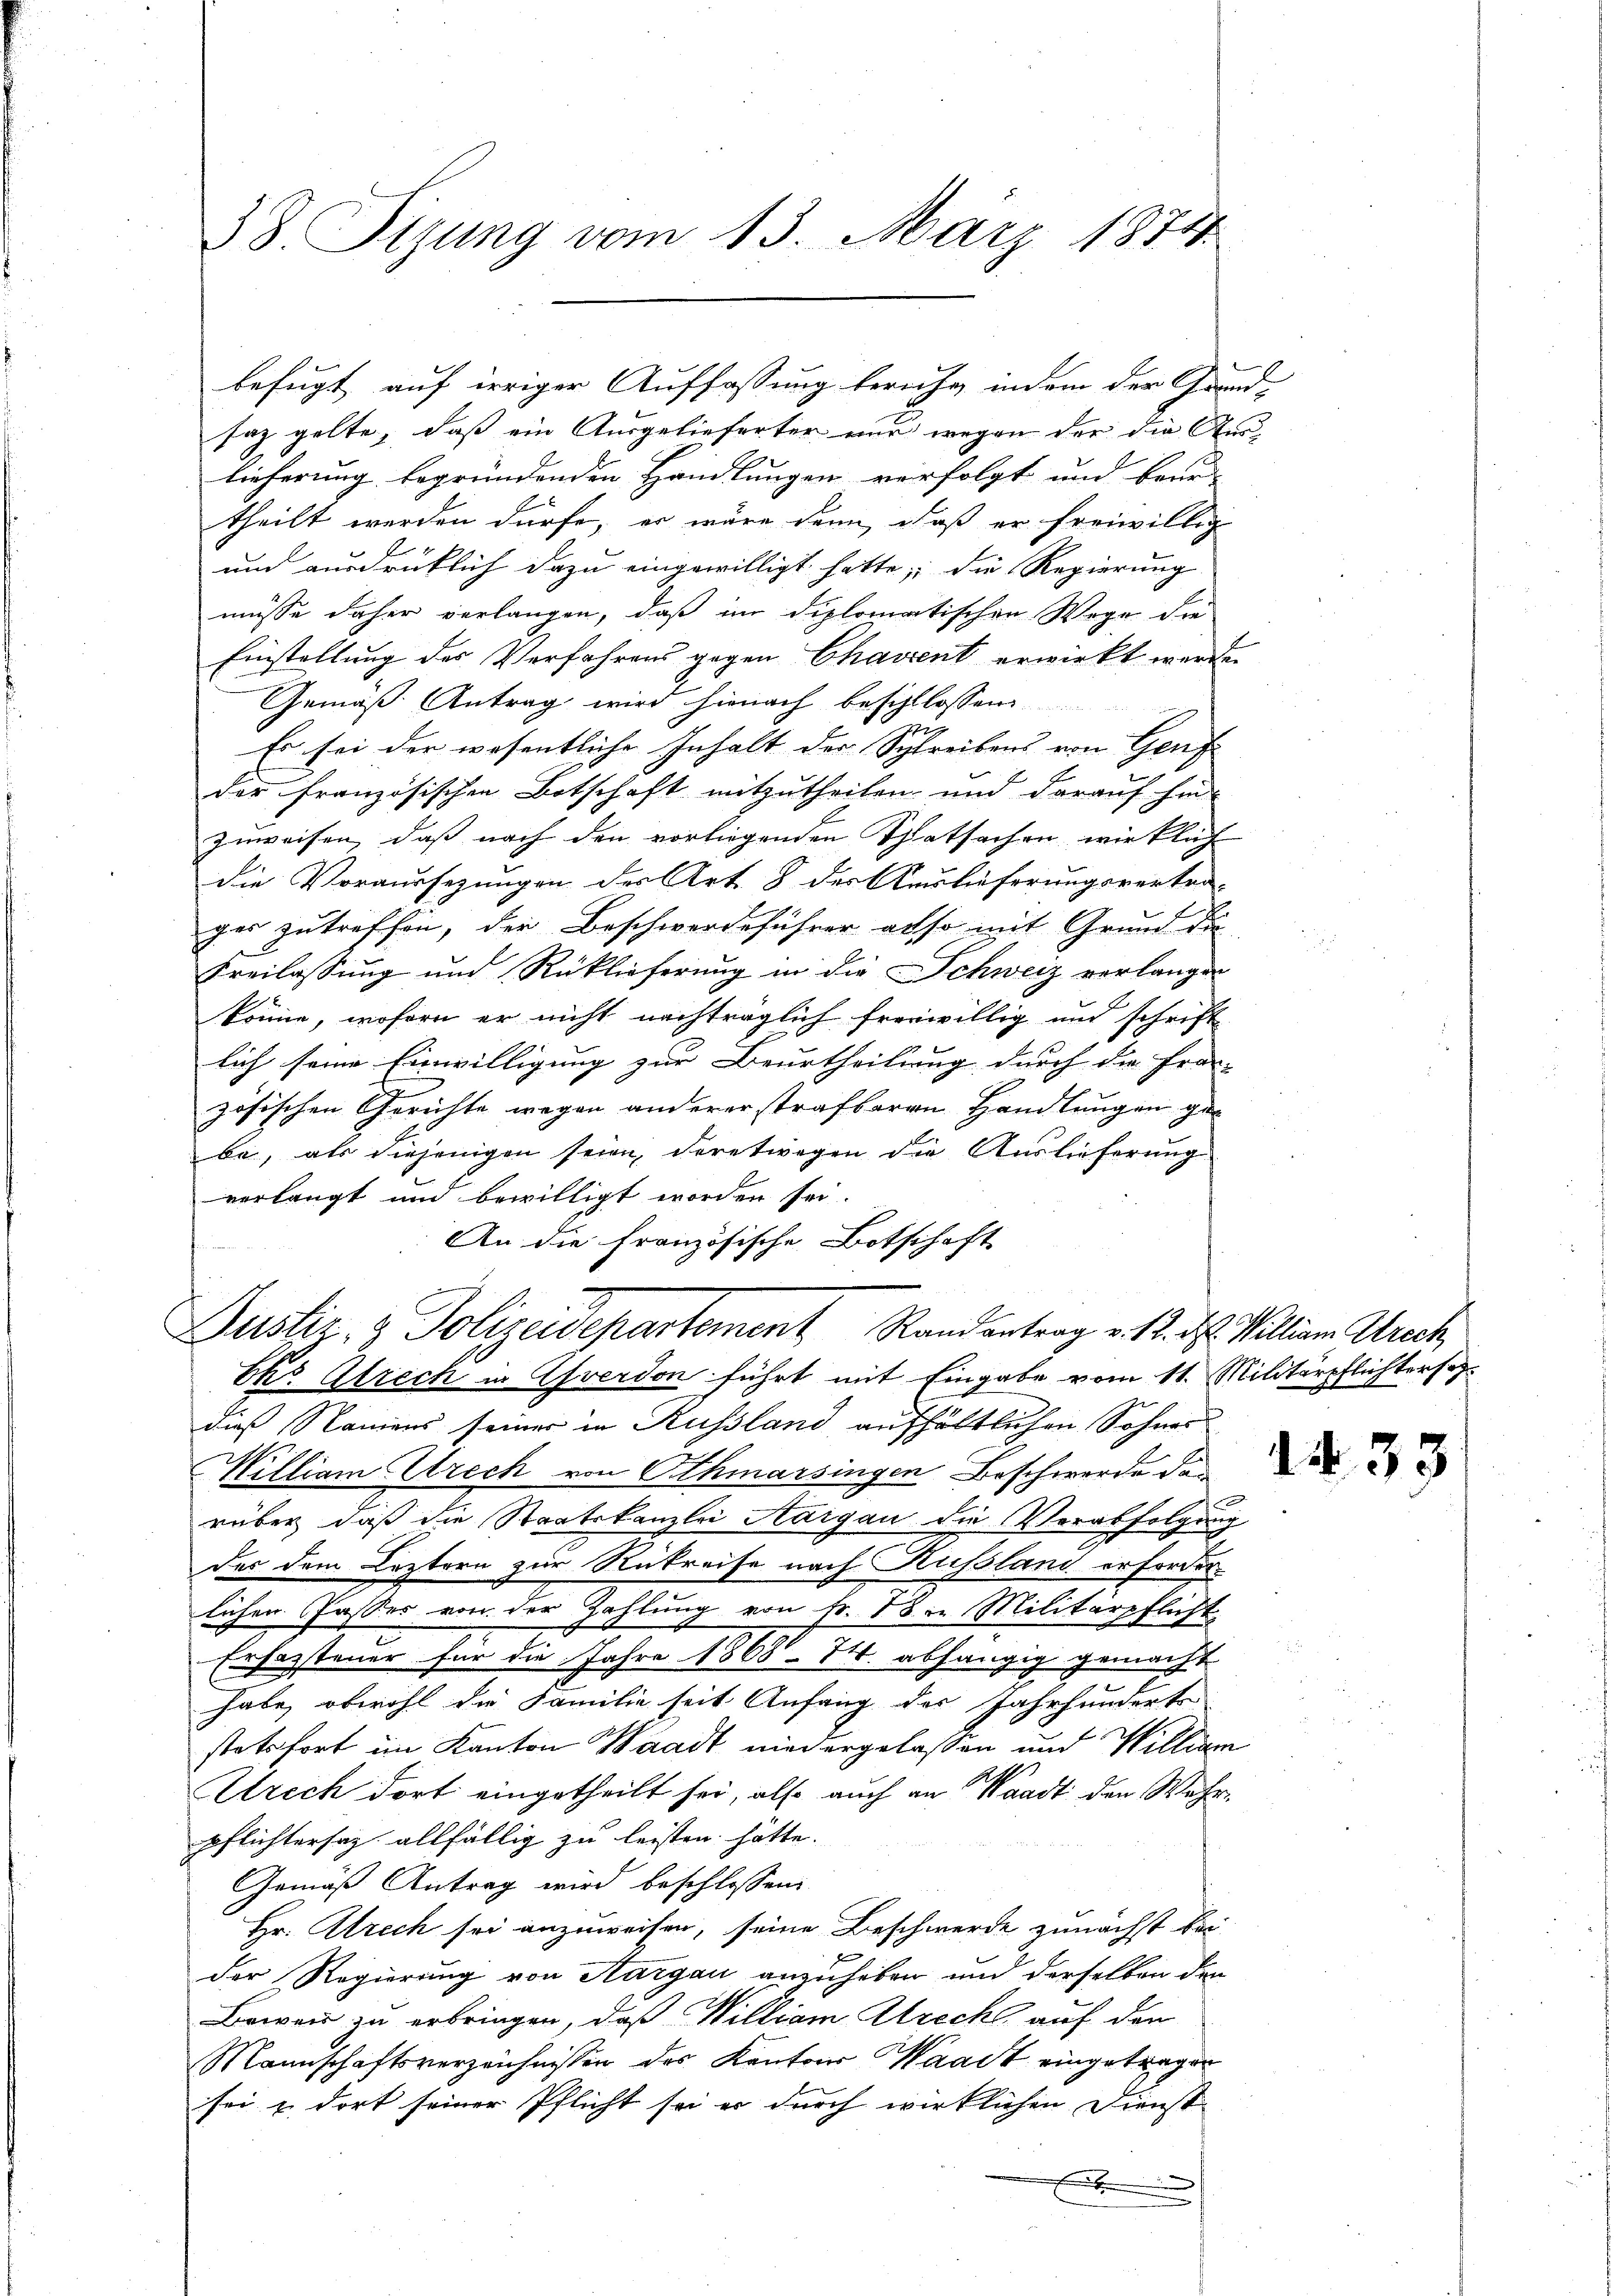
38. Sizung vom 13. März 1874

saz gelte, dass ein Ausgelieferter nur wegen der die Aus
lieferung begründenden Handlungen verfolgt und beur-
theilt werden dürfe, er wäre dann, daß er freiwillig
und ausdrücklich dazu eingewilligt hatte, die Regierung
müsse daher verlangen, daß im diplomatischen Wege die
Einstellung des Verfahrens gegen Chavent erwirkt werden.
Gemäß Antrag wird hienach beschlossen
Es sei der wesentliche Inhalt der Schreibens von Genf
der französischen Botschaft mitzutheilen und darauf hin-
zuweisen, dass nach den vorliegenden Thatsachen wirklich
die Voraussezungen der Art. 8 der Auslieferungsvertra-
ges zutreffen, der Beschwerdeführer also mit Grund die
Freilassung und Rücklieferung in die Schweiz verlangen
könne, wofern er nicht nachträglich freiwillig und schrift
lich seine Einwilligung zur Beurtheilung durch die Fran-
7
zösischen Gerichte wegen andererstrafbaren Handlungen gebe, als diejenigen seien, deretwegen die Auslieferung
verlangt und bewilligt worden sei.
An die Französische Botschaft

befugt, auf irriger Auffassung beruhe, indem der Grund¬

Dustiz & Polizeidepartement Randantrag v. 12. d. Mellian Strech

Eko Alrech in verdon führt mit Eingabe vom 11. Militärpflichterse
dieß Namens seiner in Russland aufhältlichen Sohnes
William rech von Athmarsingen Beschwerde darüber, daß die Staatskanzlei Aargau die Verabfolgung
des dem Leztern zur Rükreise nach Kussland erforderlichen Casses von der Zahlung von Fr. 58 in Militärpflicht
Erfassteuer für die Jahre 1868- W. abhängig gemacht

habe, obwohl die Familie seit Anfang des Jahrhunderte
stetsfort im Kanton Waadt niedergelaßen und William
Utrech dort eingetheilt sei, also auch an Waadt den Wahrpflichtersaz allfällig zu leisten hätte.
Gemäß Antrag wird beschlossen:
Hr. Alrech sei anzuweisen, seine Beschwerde zunächst bei
der Regierung von Aargau anzuheben und derselben den
Beweis zu erbringen, daß William Strecht auf den
Mannschaftsverzeichnissen des Kantons Waadt eingetragen
sei u. dort seiner Pflicht sei er durch wirklichen Dienst

1 No 33.